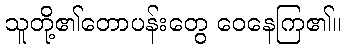
သူတို့၏တောပန်းတွေ ဝေနေကြ၏။